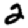
Digit: 2